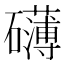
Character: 礴